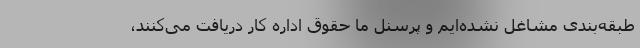
طبقه‌بندی مشاغل نشده‌ایم و پرسنل ما حقوق اداره کار دریافت می‌کنند،